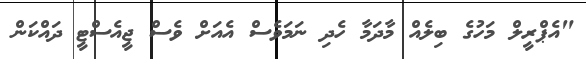
"އެޕްރީލް މަހުގެ ބިލެއް މާދަމާ ހެދި ނަމަވެސް އެއަށް ވެސް ޖީއެސްޓީ ދައްކަން